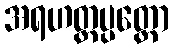
အရဟတ္တပ္ပတ္တော